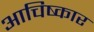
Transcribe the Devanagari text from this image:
आचिष्कार